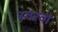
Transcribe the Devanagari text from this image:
स्वरवो